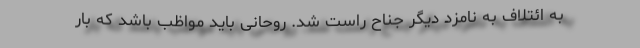
به ائتلاف به نامزد دیگر جناح راست شد. روحانی باید مواظب باشد که بار